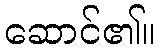
ဆောင်၏။